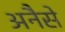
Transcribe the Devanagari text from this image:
अनैसे